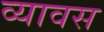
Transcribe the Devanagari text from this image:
व्यावस